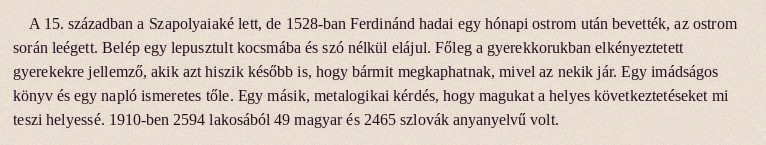
A 15. században a Szapolyaiaké lett, de 1528-ban Ferdinánd hadai egy hónapi ostrom után bevették, az ostrom során leégett. Belép egy lepusztult kocsmába és szó nélkül elájul. Főleg a gyerekkorukban elkényeztetett gyerekekre jellemző, akik azt hiszik később is, hogy bármit megkaphatnak, mivel az nekik jár. Egy imádságos könyv és egy napló ismeretes tőle. Egy másik, metalogikai kérdés, hogy magukat a helyes következtetéseket mi teszi helyessé. 1910-ben 2594 lakosából 49 magyar és 2465 szlovák anyanyelvű volt.